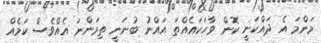
މަންމަ އެ ދައްކަނީ ކޮން ވާހަކައެއްތަ އައްނު ބުނަނީ ތިމަންނަ އެއްވެސް ކަމެއް